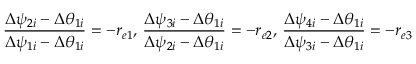
\frac { \Delta \psi _ { 2 i } - \Delta \theta _ { 1 i } } { \Delta \psi _ { 1 i } - \Delta \theta _ { 1 i } } = - r _ { e 1 } , \, \frac { \Delta \psi _ { 3 i } - \Delta \theta _ { 1 i } } { \Delta \psi _ { 2 i } - \Delta \theta _ { 1 i } } = - r _ { e 2 } , \, \frac { \Delta \psi _ { 4 i } - \Delta \theta _ { 1 i } } { \Delta \psi _ { 3 i } - \Delta \theta _ { 1 i } } = - r _ { e 3 }